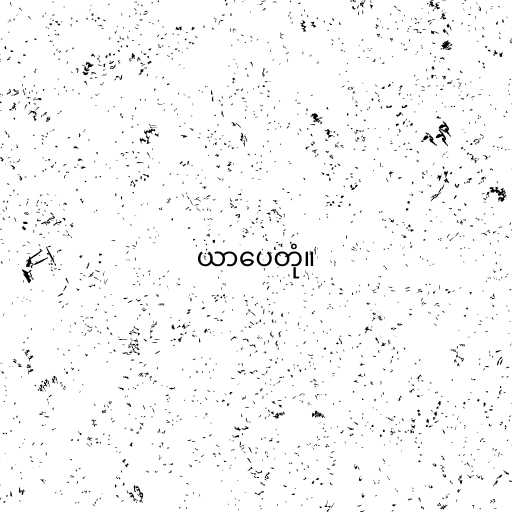
ယာပေတုံ။